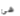
شئ